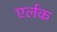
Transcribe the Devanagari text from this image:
एर्लक